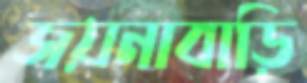
জয়নাবাড়ি